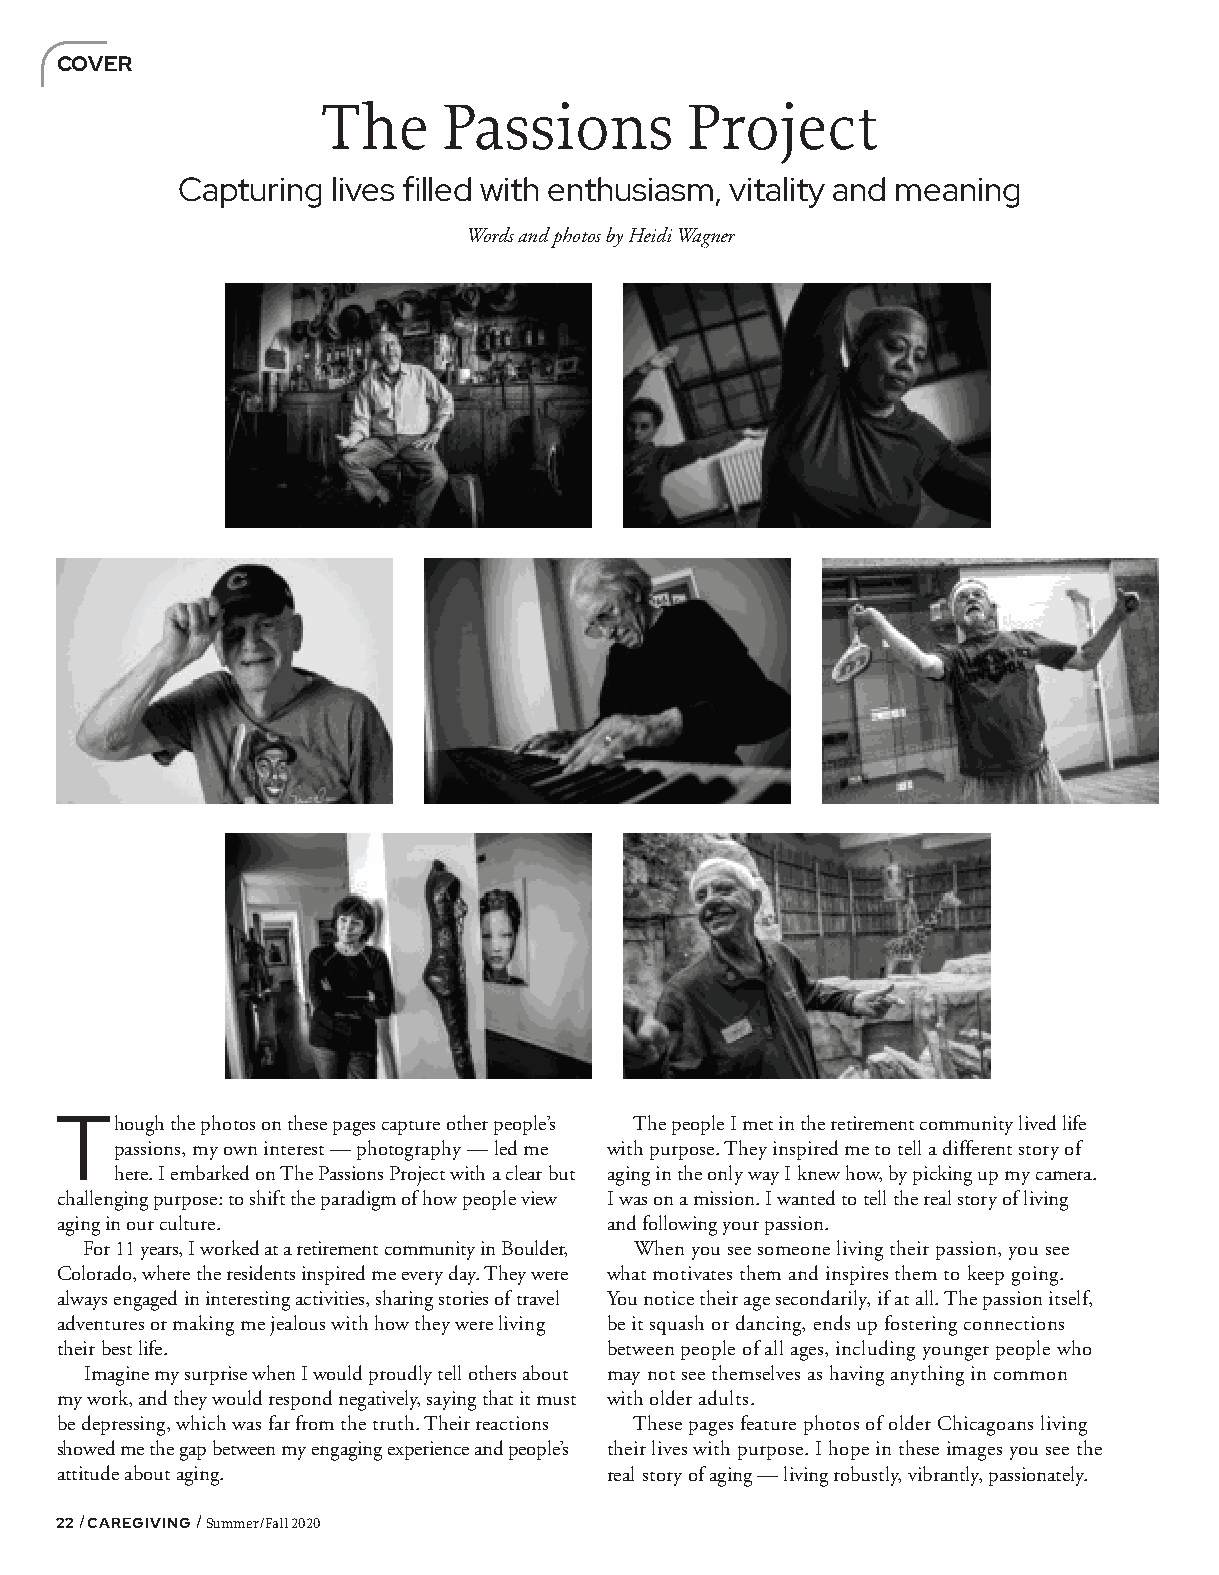
COVER
 The     Passions        Project
 Capturing lives filled with enthusiasm, vitality and meaning
 Words and photos by Heidi Wagner
 T
 hough the photos on these pages capture other people’s The people I met in the retirement community lived life
 passions, my own interest — photography — led me with purpose. They inspired me to tell a different story of
 here. I embarked on The Passions Project with a clear but aging in the only way I knew how, by picking up my camera.
 challenging purpose: to shift the paradigm of how people view I was on a mission. I wanted to tell the real story of living
 aging in our culture.               and following your passion.
 For 11 years, I worked at a retirement community in Boulder, When you see someone living their passion, you see
 Colorado, where the residents inspired me every day. They were what motivates them and inspires them to keep going.
 always engaged in interesting activities, sharing stories of travel You notice their age secondarily, if at all. The passion itself,
 adventures or making me jealous with how they were living be it squash or dancing, ends up fostering connections
 their best life.                    between people of all ages, including younger people who
 Imagine my surprise when I would proudly tell others about may not see themselves as having anything in common
 my work, and they would respond negatively, saying that it must with older adults.
 be depressing, which was far from the truth. Their reactions These pages feature photos of older Chicagoans living
 showed me the gap between my engaging experience and people’s their lives with purpose. I hope in these images you see the
 attitude about aging.               real story of aging — living robustly, vibrantly, passionately.
 22 / CAREGIVING / Summer/Fall 2020